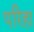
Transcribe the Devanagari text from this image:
परिहा